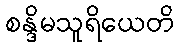
စန္ဒိမသူရိယေတိ